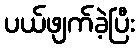
ပယ်ဖျက်ခဲ့ပြီး